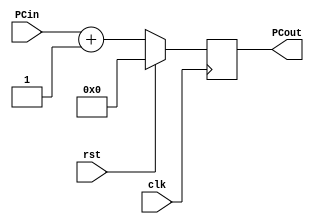
module PC(rst, clk, PCin, PCout);
	input clk, rst;
	input [31:0] PCin;
	output reg [31:0] PCout;
	
	always @(posedge clk) begin
		if (rst) 
			PCout <= 0;
		else 
			PCout <= PCin + 1; //Memory is word (32 bytes) address
	end

endmodule